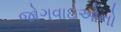
જોગવાઇઓનો